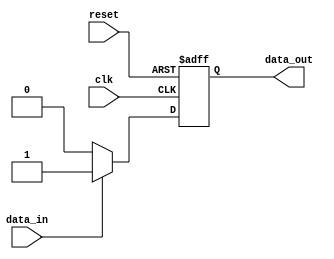
module event_control (
    input wire clk,         // Clock signal
    input wire reset,       // Reset signal
    input wire data_in,     // Input signal
    output reg data_out     // Output signal
);

initial begin
    data_out = 0;          // Initialize output
end

// Event-driven behavior
always @(posedge clk or posedge reset) begin
    if (reset) begin
        data_out <= 0;     // On reset, set output to 0
    end else begin
        // When clock rises and reset is not active
        if (data_in) begin
            data_out <= 1; // If input data is high, set output to high
        end else begin
            data_out <= 0; // Otherwise, set output to low
        end
    end
end

endmodule